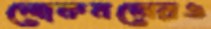
লোকবলেরও